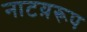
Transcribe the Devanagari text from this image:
नाटय़रूप